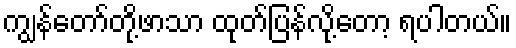
ကျွန်တော်တို့ဖာသာ ထုတ်ပြန်လို့တော့ ရပါတယ်။